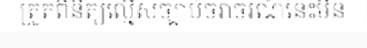
ត្រួតពិនិត្យល្មើសច្បាប់ចរាចរណ៍នេះមិន